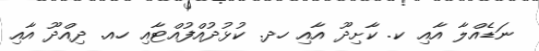
ނަޑެއްލާ އާއި ކ. ކާށިދޫ އާއި ހދ. ކުޅުދުއްފުއްޓާއި ހއ. ދިއްދޫ އާއި